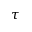
\tau